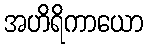
အဟိရိကာယော